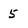
Character: 5